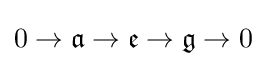
0\rightarrow {\mathfrak {a}}\rightarrow {\mathfrak {e}}\rightarrow {\mathfrak {g}}\rightarrow 0